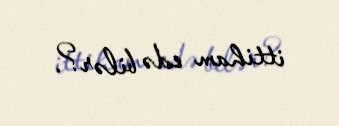
ittiham edə bilər?.